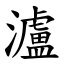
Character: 瀘